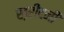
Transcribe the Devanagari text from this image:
ख़रीदनी